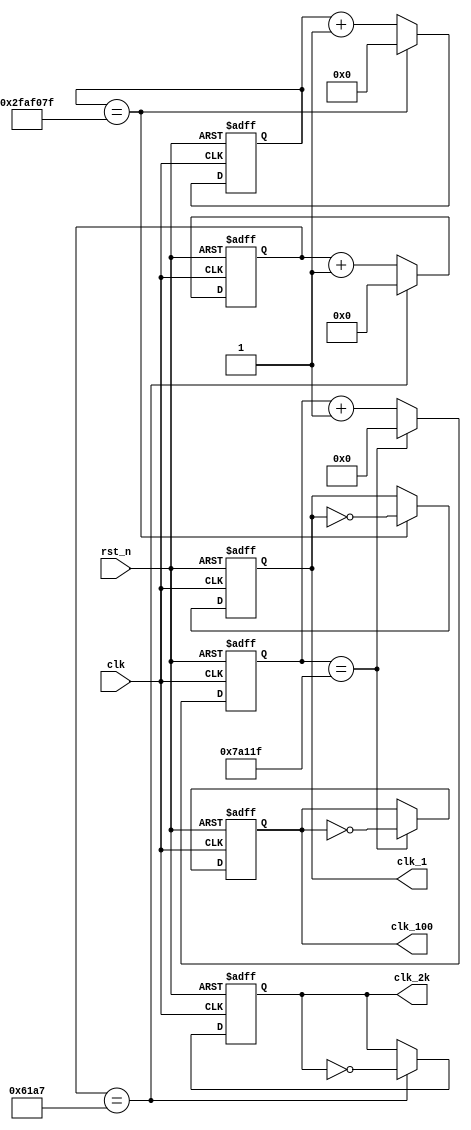
`define DIV_BY_50M 50_000_000
`define DIV_BY_50M_BIT_WIDTH 27
`define DIV_BY_500K 500_000
`define DIV_BY_500K_BIT_WIDTH 20
`define DIV_BY_25K 25_000
`define DIV_BY_25K_BIT_WIDTH 15

module clock_generator(
  output reg clk_1, // generated 1 Hz clock
  output reg clk_100, // generated 100 Hz clock
  output reg clk_2k, // generated 2k clock for scan control
  input  clk, // clock from crystal
  input rst_n // active low reset
);

// Declare internal nodes
reg [`DIV_BY_50M_BIT_WIDTH-1:0] count_50M, count_50M_next;
reg [`DIV_BY_500K_BIT_WIDTH-1:0] count_500K, count_500K_next;
reg [`DIV_BY_25K_BIT_WIDTH-1:0] count_25K, count_25K_next;
reg clk_1_next;
reg clk_100_next;
reg clk_2k_next;

// *******************
// Clock divider for 1 Hz
// *******************
// Clock Divider: Counter operation
always @*
  if (count_50M == `DIV_BY_50M-1)
  begin
    count_50M_next = `DIV_BY_50M_BIT_WIDTH'd0;
    clk_1_next = ~clk_1;
  end
  else
  begin
    count_50M_next = count_50M + 1'b1;
    clk_1_next = clk_1;
  end

// Counter flip-flops
always @(posedge clk or negedge rst_n)
  if (~rst_n)
  begin
    count_50M <=`DIV_BY_50M_BIT_WIDTH'b0;
    clk_1 <=1'b0;
  end
  else
  begin
    count_50M <= count_50M_next;
    clk_1 <= clk_1_next;
  end

// *********************
// Clock divider for 100 Hz
// *********************
// Clock Divider: Counter operation 
always @*
  if (count_500K == `DIV_BY_500K-1)
  begin
    count_500K_next = `DIV_BY_500K_BIT_WIDTH'd0;
    clk_100_next = ~clk_100;
  end
  else
  begin
    count_500K_next = count_500K + 1'b1;
    clk_100_next = clk_100;
  end


// Counter flip-flops
always @(posedge clk or negedge rst_n)
  if (~rst_n)
  begin
    count_500K <=`DIV_BY_500K_BIT_WIDTH'b0;
    clk_100 <=1'b0;
  end
  else
  begin
    count_500K <= count_500K_next;
    clk_100 <= clk_100_next;
  end

// *********************
// Clock divider for 2k Hz
// *********************
// Clock Divider: Counter operation 
always @*
  if (count_25K == `DIV_BY_25K-1)
  begin
    count_25K_next = `DIV_BY_25K_BIT_WIDTH'd0;
    clk_2k_next = ~clk_2k;
  end
  else
  begin
    count_25K_next = count_25K + 1'b1;
    clk_2k_next = clk_2k;
  end


// Counter flip-flops
always @(posedge clk or negedge rst_n)
  if (~rst_n)
  begin
    count_25K <=`DIV_BY_25K_BIT_WIDTH'b0;
    clk_2k <=1'b0;
  end
  else
  begin
    count_25K <= count_25K_next;
    clk_2k <= clk_2k_next;
  end

endmodule